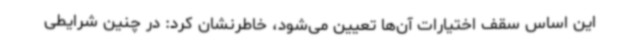
این اساس سقف اختیارات آن‌ها تعیین می‌شود، خاطرنشان کرد: در چنین شرایطی